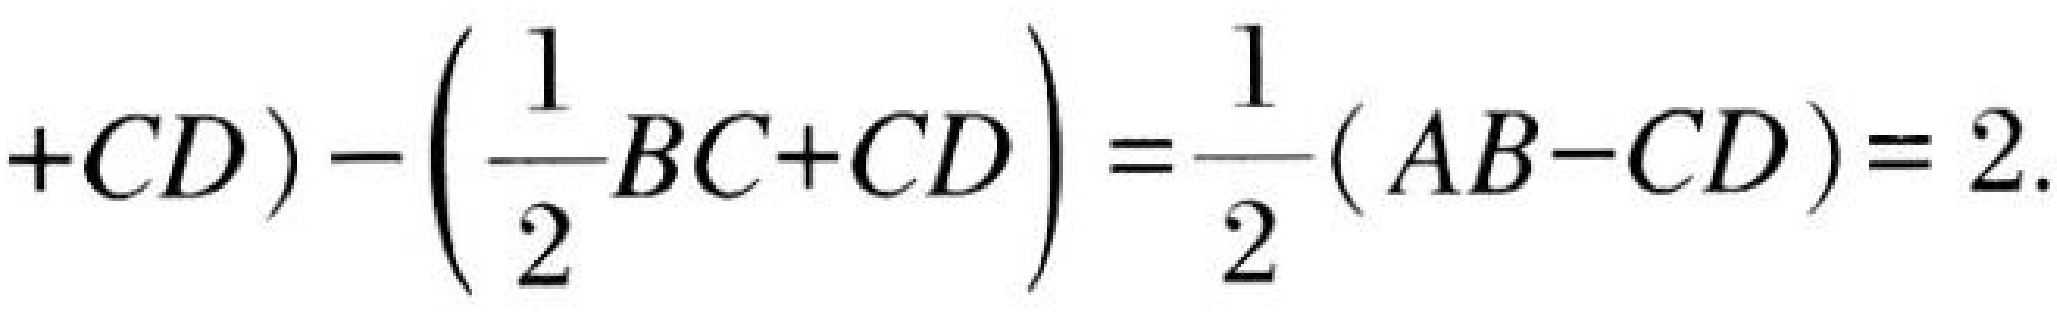
\(+CD)-\left(\frac{1}{2}BC + CD\right)=\frac{1}{2}(AB - CD)=2.\)